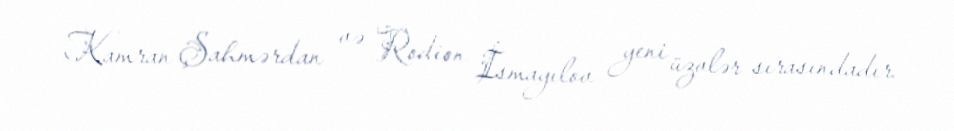
Kamran Şahmərdan və Rodion İsmayılov yeni üzvlər sırasındadır.